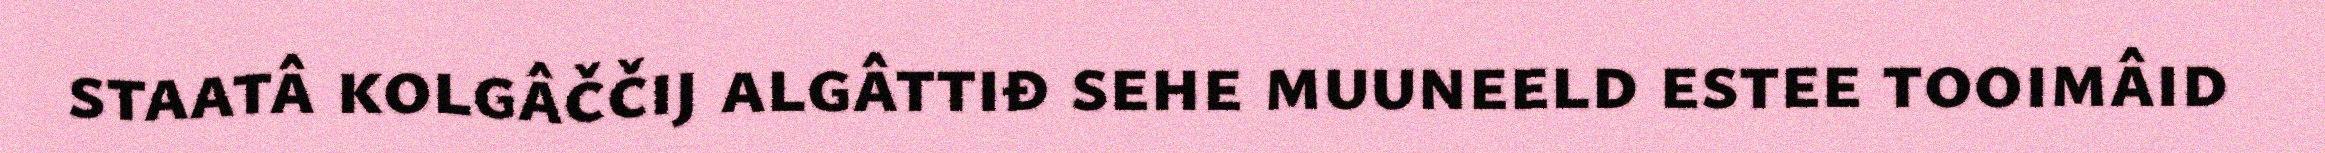
staatâ kolgâččij algâttiđ sehe muuneeld estee tooimâid